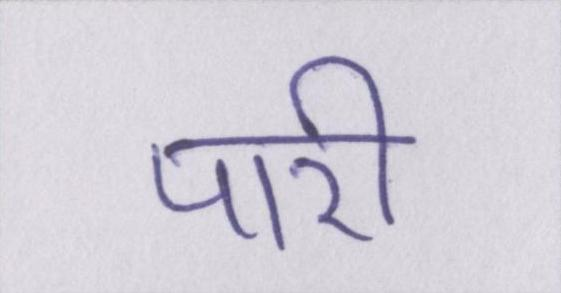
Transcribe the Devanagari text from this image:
पारी